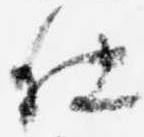
仕